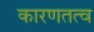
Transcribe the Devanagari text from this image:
कारणतत्व